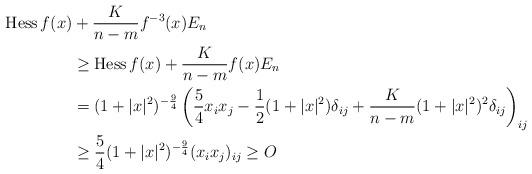
LaTeX: \begin{align*}{\rm Hess}\,f(x)&+\frac{K}{n-m}f^{-3}(x)E_n\\&\geq {\rm Hess}\,f(x)+\frac{K}{n-m}f(x)E_n\\&=(1+|x|^2)^{-\frac94}\left(\frac54 x_ix_j-\frac12(1+|x|^2)\delta_{ij}+\frac{K}{n-m}(1+|x|^2)^2\delta_{ij}\right)_{ij}\\&\geq \frac54(1+|x|^2)^{-\frac94}(x_ix_j)_{ij}\geq O\end{align*}